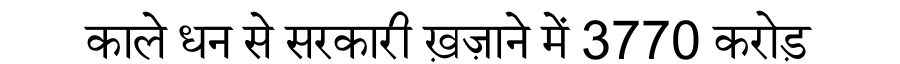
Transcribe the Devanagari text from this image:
काले धन से सरकारी ख़ज़ाने में 3770 करोड़